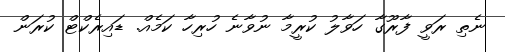
ނެތި ރަވީ ފާރޫގާ ހަވާލު ކުރީމާ ނުވާނެ ހުރިހާ ކަމެއް. ޑައިރެކްޓް ކުރަން